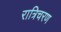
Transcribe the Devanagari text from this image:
रात्रिचरण